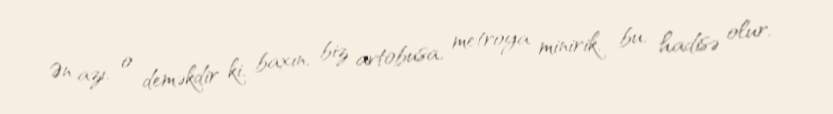
Ən azı, o deməkdir ki, baxın, biz avtobusa, metroya minirik, bu, hadisə olur,